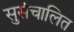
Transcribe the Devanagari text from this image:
सुसंचालित